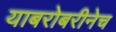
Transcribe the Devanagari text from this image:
याबरोबरीनेच